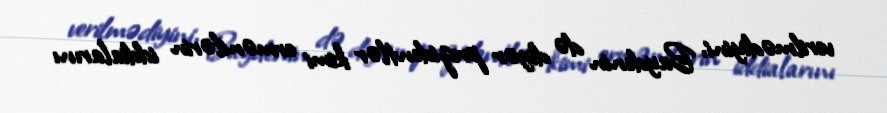
verilmədiyini, Baydenin də digər prezidentlər kimi ermənilərin iddialarını